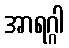
အာရဂ္ဂါ